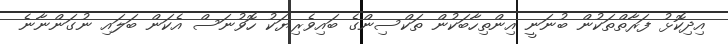
އިދިކޮޅު ފަރާތްތަކުން ބުނަނީ އިންތިހާބަކުން ތަކްސިންގެ ބައިވެރިޔަކު ހޮވުނަސް އެކަން ބަލައި ނުގަންނާނެ